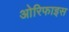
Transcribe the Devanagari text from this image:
ओरिफाइस